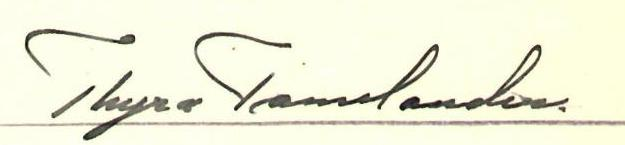
Thyra Tamlander.